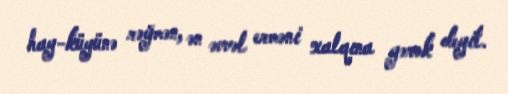
hay-küyünə rəğmən, ən əvvəl erməni xalqına gərək deyil.